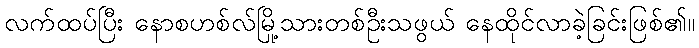
လက်ထပ်ပြီး နောစဟစ်လ်မြို့သားတစ်ဦးသဖွယ် နေထိုင်လာခဲ့ခြင်းဖြစ်၏။